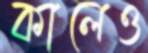
কালেও